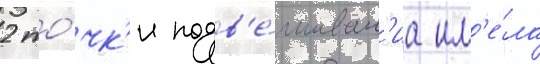
2 то́чк'и подв'е́шиван'иа им'е́ла